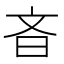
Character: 𪰎